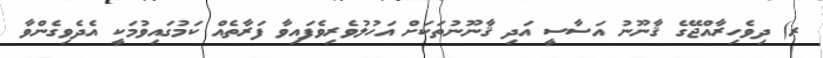
ރ) ދިވެހިރާއްޖޭގެ ޤާނޫނު އަސާސީ އަދި ޤާނޫނުތަކަށް އަހުލުވެރިވެފައިވާ ފަރާތެއް ކަމުގައިވުމަކީ އެދެވިގެންވާ